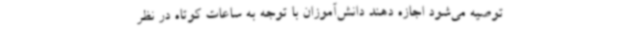
توصیه می‌شود اجازه دهند دانش‌آموزان با توجه به ساعات کوتاه در نظر